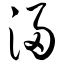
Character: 浸